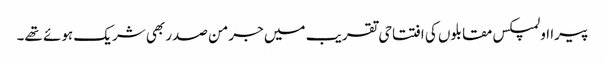
پیرا اولمپکس مقابلوں کی افتتاحی تقریب میں جرمن صدر بھی شریک ہوئے تھے۔